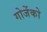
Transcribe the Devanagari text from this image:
गोजेंको